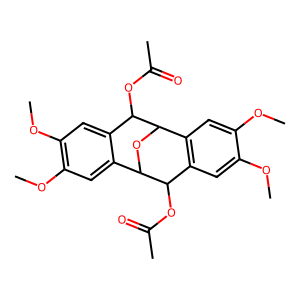
SMILES: COc1cc2c(cc1OC)C1OC(c3cc(OC)c(OC)cc3C1OC(C)=O)C2OC(C)=O
Inhibits HIV replication: No